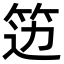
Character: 笾